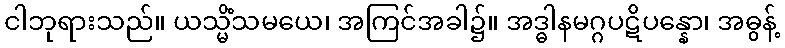
ငါဘုရားသည်။ ယသ္မိံသမယေ၊ အကြင်အခါ၌။ အဒ္ဓါနမဂ္ဂပဋိပန္နော၊ အဓွန့်